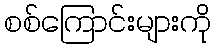
စစ်ကြောင်းများကို